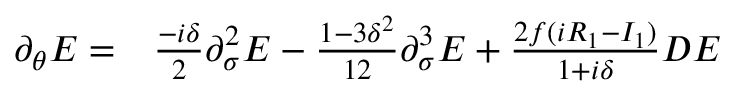
\begin{array} { r l } { \partial _ { \theta } E = } & { { } \frac { - i \delta } { 2 } \partial _ { \sigma } ^ { 2 } E - \frac { 1 - 3 \delta ^ { 2 } } { 1 2 } \partial _ { \sigma } ^ { 3 } E + \frac { 2 f ( i R _ { 1 } - I _ { 1 } ) } { 1 + i \delta } D E } \end{array}